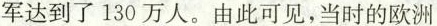
军达到了130万人。由此可见，当时的欧洲